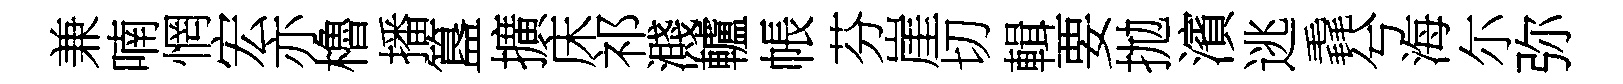
兼喃惘宏亦櫓播簋擴床祁濺轤帳芬崖切輯要拋濱逃毳兮海尓弥